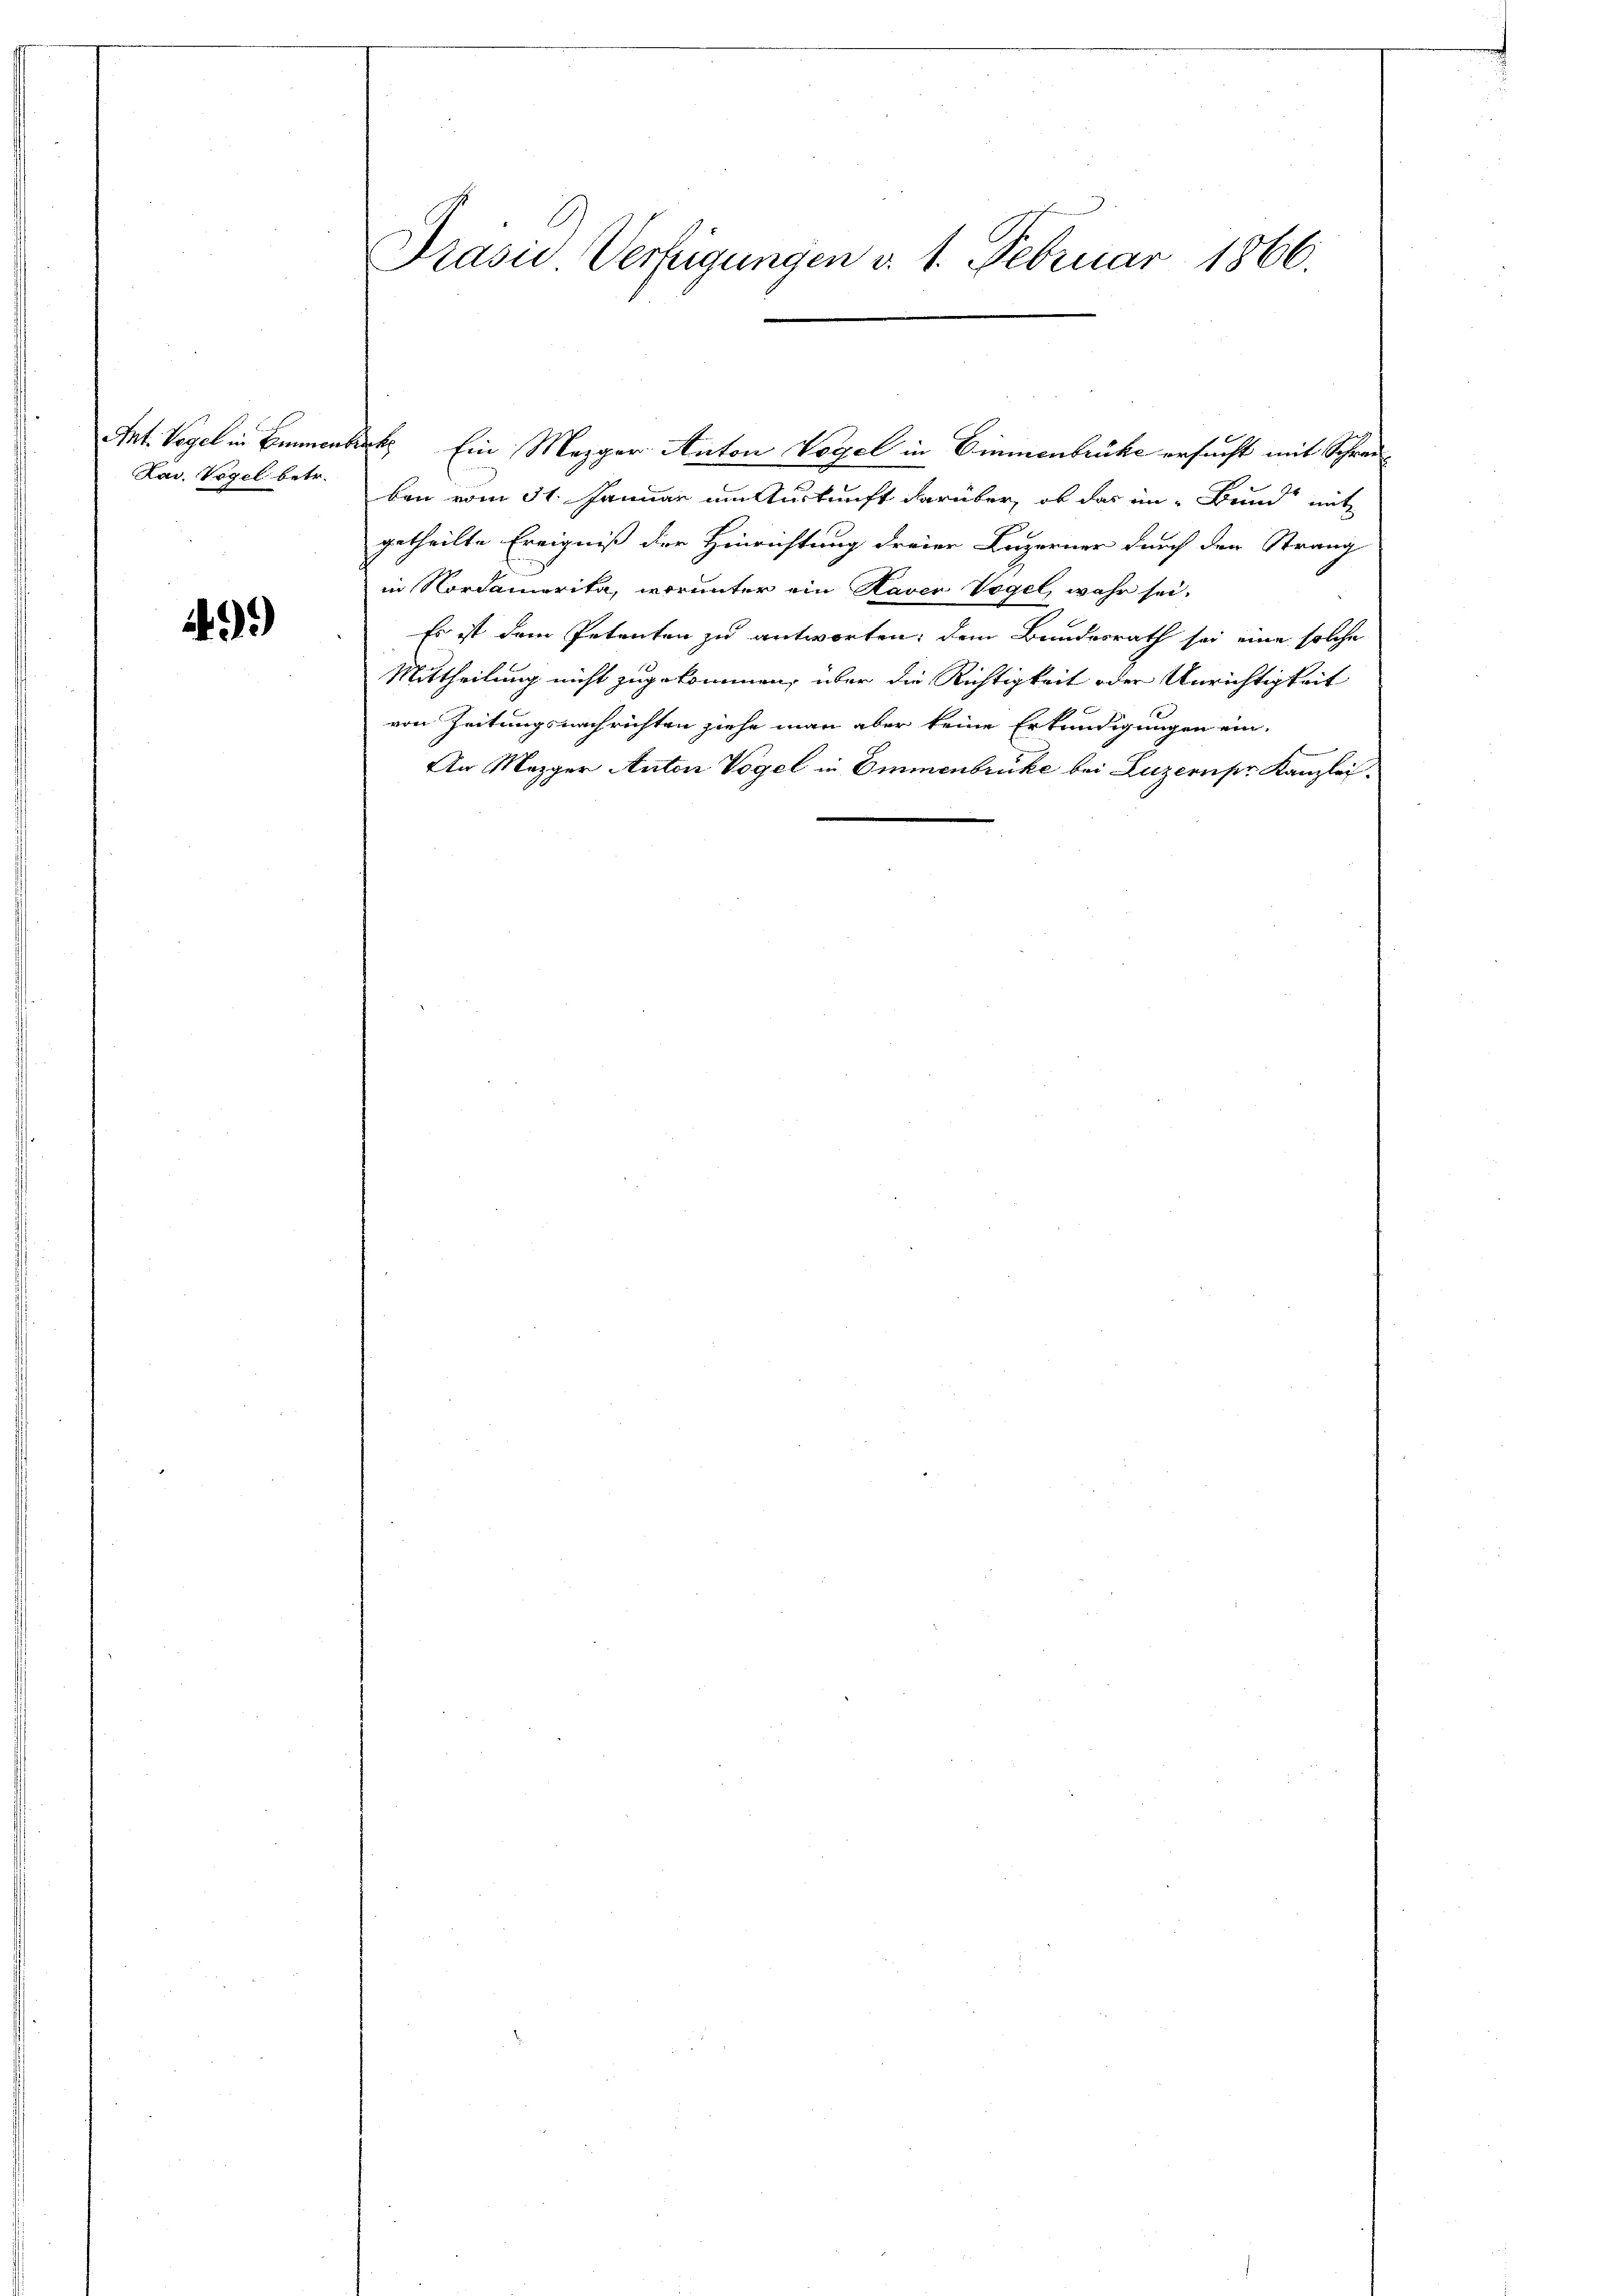
Lav. Vogel betr.

)

Prasii Verfügungen v. 1. Februar 1866.

Ant. Vogel in Bienbeck. Ein Mezger Anton Vogel in Einmenbrüche ersucht mit Schreiben vom 31. Januar um Auskunft darüber, ob das im Bund“ mit
getheilte Ereigniß der Hinrichtung dreier Luzerner durch den Strang
in Nordamerita, worunter ein Haver Vogel, wahr sei.
Es ist dem Petenten zu antworten, dem Bundesrath sei eine solche
Mittheilung nicht zugekommen, über die Richtigkeit oder Unrichtigkeit
von Zeitungsnachrichten ziehe man aber keine Erkundigungen ein.
An Mezger Anton Vogel in Emmenbrücke bei Luzern pr. Kanzlei.
.